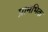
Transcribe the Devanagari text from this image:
प्रामभिक